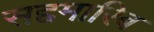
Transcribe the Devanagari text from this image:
सद्दमारिब